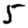
Digit: 5